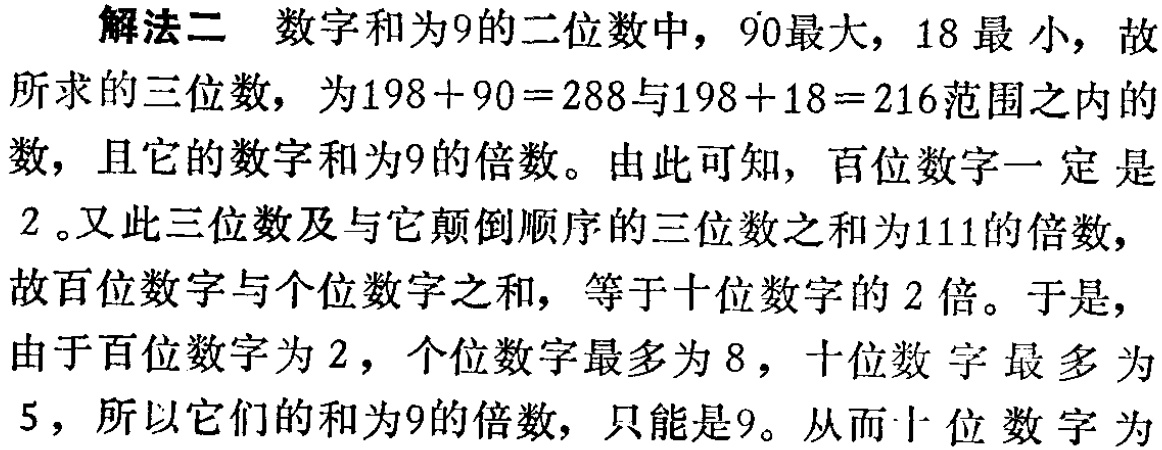
解法二 数字和为9的二位数中，90最大，18最小，故

所求的三位数，为\(198 + 90 = 288\)与\(198 + 18 = 216\)范围之内的

数，且它的数字和为9的倍数。由此可知，百位数字一定是

2。又此三位数及与它颠倒顺序的三位数之和为111的倍数，

故百位数字与个位数字之和，等于十位数字的2倍。于是，

由于百位数字为2，个位数字最多为8，十位数字最多为

5，所以它们的和为9的倍数，只能是9。从而十位数字为